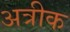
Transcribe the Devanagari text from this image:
अत्रीक